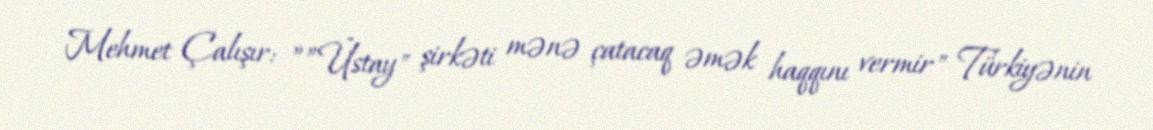
Mehmet Çalışır: ””Üstay" şirkəti mənə çatacaq əmək haqqını vermir" Türkiyənin